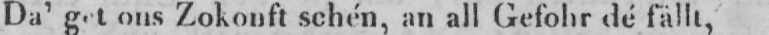
Da’ get ons Zokonft schén, an all Gefohr dé fällt,